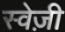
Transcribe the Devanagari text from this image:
स्वेज़ी